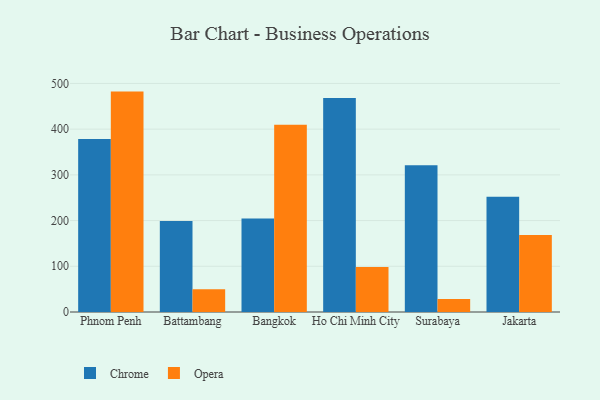
{"axis": {"x": "City", "y": "Net Income (USD K)"}, "legend": ["Chrome", "Opera"], "data": [{"x": "Phnom Penh", "y": 378.7, "type": "Chrome"}, {"x": "Phnom Penh", "y": 482.2, "type": "Opera"}, {"x": "Battambang", "y": 199.2, "type": "Chrome"}, {"x": "Battambang", "y": 49.8, "type": "Opera"}, {"x": "Bangkok", "y": 204.6, "type": "Chrome"}, {"x": "Bangkok", "y": 409.6, "type": "Opera"}, {"x": "Ho Chi Minh City", "y": 468.4, "type": "Chrome"}, {"x": "Ho Chi Minh City", "y": 98.7, "type": "Opera"}, {"x": "Surabaya", "y": 321.3, "type": "Chrome"}, {"x": "Surabaya", "y": 28.2, "type": "Opera"}, {"x": "Jakarta", "y": 252.0, "type": "Chrome"}, {"x": "Jakarta", "y": 168.6, "type": "Opera"}]}